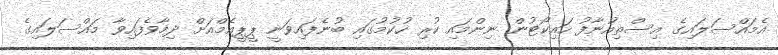
އެމައްސަލައިގެ އިސްތިއުނާފު ހައިކޯޓުން ނިންމައި ކުރި ހުކުމުގައި ބުނެފައިވަނީ ޕީޕީއެމްއަށް ދިމާވެފައިވާ މައްސަލައިގެ